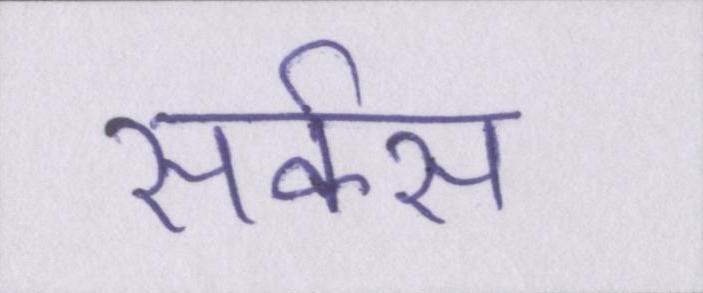
सर्कस